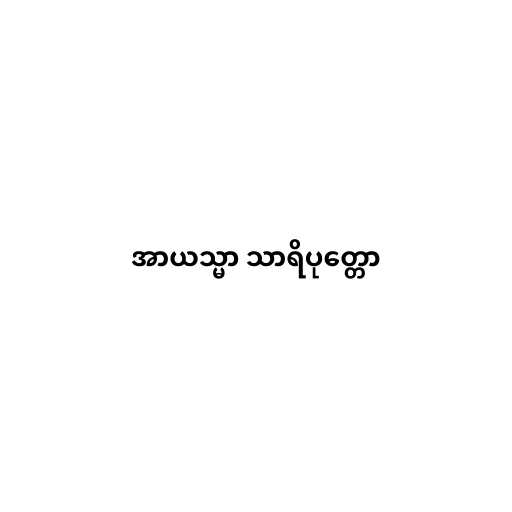
အာယသ္မာ သာရိပုတ္တော